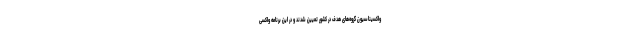
واکسیناسیون گروه‌های هدف در کشور تعیین شدند و در این برنامه واکسی